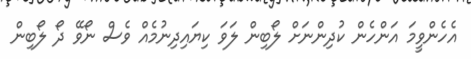
އެހެންވީމަ އަންހެން ކުދިންނަށް ލޯބިން ލަވަ ކިޔައިދިނުމެއް ވެސް ނޯވޭ ދޯ ލޯބިން